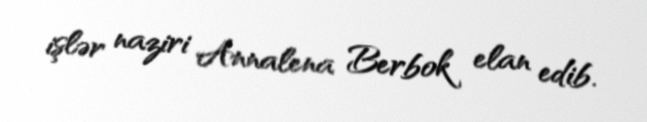
işlər naziri Annalena Berbok elan edib.